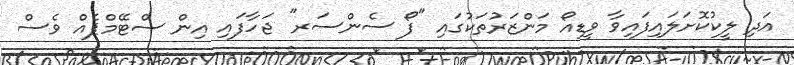
އަދި ލީކުކޮށަލައިފައިވާ ވީޑިއޯ މަންޒަރުތަކުގައި "ފޯ ސެންސަރ" ޖަހާފައި އިން ސްޓޭމްޕެއް ވެސް